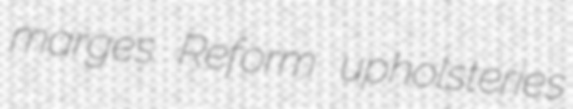
marges Reform upholsteries